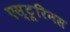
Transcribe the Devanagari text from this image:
एस्टूरिनस